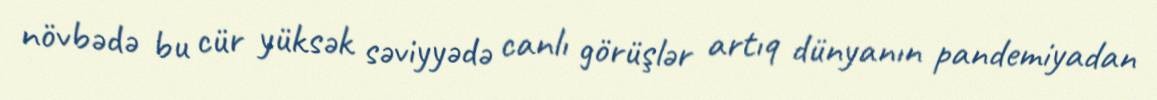
növbədə bu cür yüksək səviyyədə canlı görüşlər artıq dünyanın pandemiyadan